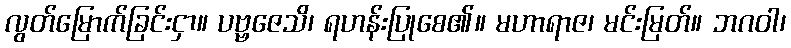
လွတ်မြောက်ခြင်းငှာ။ ပဗ္ဗဇေသိ၊ ရဟန်းပြုစေ၏။ မဟာရာဇ၊ မင်းမြတ်။ ဘဂဝါ၊